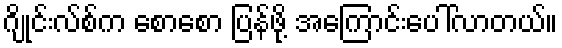
ဂျိုင်းလ်စ်က စောစော ပြန်ဖို့ အကြောင်းပေါ်လာတယ်။